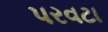
પરવટા